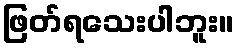
ဖြတ်ရသေးပါဘူး။